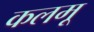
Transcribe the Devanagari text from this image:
कलमू